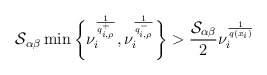
\begin{align*} \mathcal{S}_{\alpha\beta} \min\bigg\{ \nu_{i}^{\frac{1}{q^{+}_{i,\rho}}}, \nu_{i}^{\frac{1}{q^{-}_{i,\rho}}} \bigg\}> \frac{ \mathcal{S}_{\alpha\beta}}{2}\nu_{i}^{\frac{1}{q(x_i)}} \end{align*}